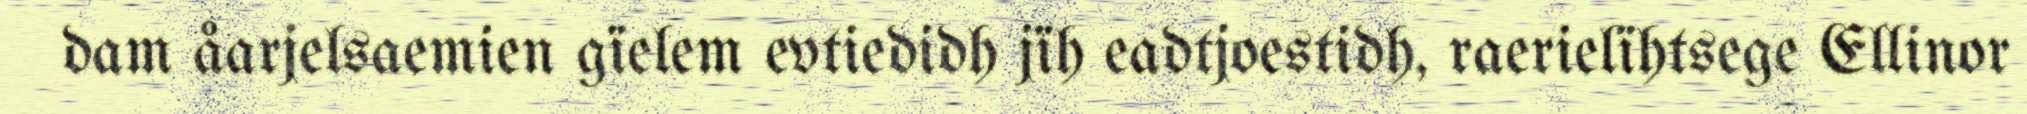
dam åarjelsaemien gïelem evtiedidh jïh eadtjoestidh, raerielïhtsege Ellinor